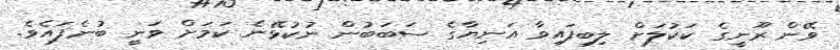
ވޭން ރޫނީގެ ކަކުލަށް ލިބިފައިވާ އަނިޔާގެ ސަބަބުން ނުކުޅޭނެ ކަމަށް ވަނީ ބުނެފައެވެ.